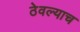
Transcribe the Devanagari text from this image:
ठेवल्याच